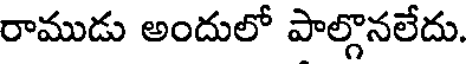
రాముడు అందులో పాల్గొనలేదు.